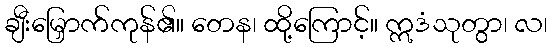
ချီးမြှောက်ကုန်၏။ တေန၊ ထို့ကြောင့်။ ဣဒံသုတွာ၊ လ၊